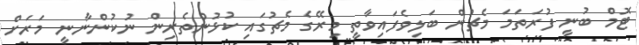
ޓޮމް ބުނީ ފުރަތަމަ މެޗުން ބަލިވެފައިވާތީ މިރޭގެ މެޗުގައި ކުޅުންތެރިން ނުކުންނާނީ މަރަށް